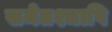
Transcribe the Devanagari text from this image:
समेतश्चापि